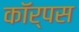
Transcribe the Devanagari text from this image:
काॅर्पस